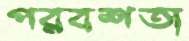
পরবশতা